Calcutta medical institutions reports 1879-81 [i.e.91]
Year: 1879
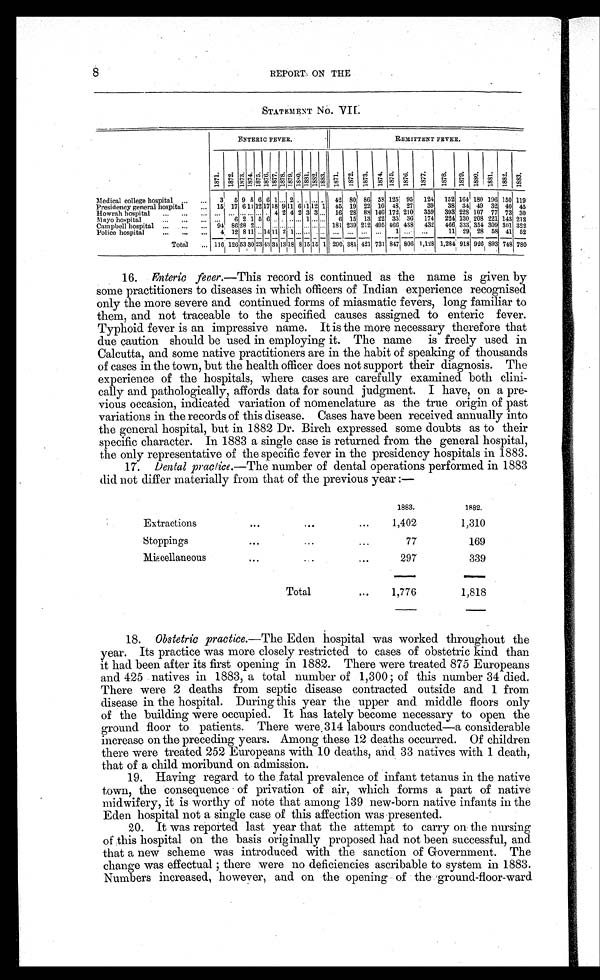
REPORT ON THE
STATEMENT NO. VII.
E NT E R I C F E VE R .
REMITTENT FEVER.
1871. 1 8 7 2 . 1 8 7 3 . 1 8 7 4 . 1 8 7 5 . 1 8 7 6 . 1 8 7 7 .
1878.1879. 1 8 8 0 . 1 8 8 1 . 1 8 8 2 . 1 8 8 3 . 1 8 7 1 .
1 8 7 2 . 1 8 7 3 . 1 8 7 4 . 1875. 1876. 1 8 7 7 .
1 8 7 8 . 1879. 1880. 1 8 8 1 . 1 8 8 2 .
1 8 8 3 .
Medical college hospital ... ... 3 5 9 5 6 6 1 ... 2
. . ...
. . .
42 80 86 58 125 95 124 152 164 180 196 150 119
Presidency general hospital
15 17 6 11 12 17 18 9 11 6 11 12 1 45 19 22 10 48 27 39 38 34 49 32 40 45
Howrah hospital ... ... ... ... ... .
.. ..
.
... . . 4 2 4 2 3 3 ... 16 28 88 146 172 210 359 393 228 107 77 73 30
Mayo hospital
... ...
...
... 6 2 1 5 6 ... . ... . . 1 ... ... 6 15 13 22 35 36 174 224 130 208 221 143 212
Campbell hospital ... ... ... 94 86 28 2 ... . . . . . . ... ... . . . ... ... ... 181 239 212 495 466 438 432 466 333 354 309 301 322
Police hospital
4
1 2 8 1 1 . . 1 4 1 1
2 1 . . . . . . . . . . . . . . . . . . . . . . . . .
1 ...
. . . 11 29 28 58 41 52
Total
. . . 116
1 2 6 5 3 3 0
23 43 34
13
18 8 15 15 1 290 381 421 731 847 806 1,128 1,284 918 926 893 748 780
16. Enteric fever.—This record is continued as the name is given by
some practitioners to diseases in which officers of Indian experience recognised
only the more severe and continued forms of miasmatic fevers, long familiar to
them, and not traceable to the specified causes assigned to enteric fever.
Typhoid fever is an impressive name. It is the more necessary therefore that
due caution should be used in employing it. The name is freely used in
Calcutta, and some native practitioners are in the habit of speaking of thousands
of cases in the town, but the health officer does not support their diagnosis. The
experience of the hospitals, where cases are carefully examined both clini-
cally and pathologically, affords data for sound judgment. I have, on a pre-
vious occasion, indicated variation of nomenclature as the true origin of past
variations in the records of this disease. Cases have been received annually into
the general hospital, but in 1882 Dr. Birch expressed some doubts as to their
specific character. In 1883 a single case is returned from the general hospital,
the only representative of the specific fever in the presidency hospitals in 1883.
17. Dental practice.—The number of dental operations performed in 1883
did not differ materially from that of the previous year:—
1883.
1882.
Extractions
... ... ...
1,402
1,310
Stoppings
...
...
77
169
Miscellaneous
... ...
297
339
Total
...
1,776
1,818
18. Obstetric practice.—The Eden hospital was worked throughout the
year. Its practice was more closely restricted to cases of obstetric kind than
it had been after its first opening in 1882. There were treated 875 Europeans
and 425 natives in 1883, a total number of 1,300; of this number 34 died.
There were 2 deaths from septic disease contracted outside and 1 from
disease in the hospital. During this year the upper and middle floors only
of the building were occupied. It has lately become necessary to open the
ground floor to patients. There were 314 labours conducted—a considerable
increase on the preceding years. Among these 12 deaths occurred. Of children
there were treated 252 Europeans with 10 deaths, and 33 natives with 1 death,
that of a child moribund on admission.
19.
Having regard to the fatal prevalence of infant tetanus in the native
town, the consequence of privation of air, which forms a part of native
midwifery, it is worthy of note that among 139 new-born native infants in the
Eden hospital not a single case of this affection was presented.
20. It was reported last year that the attempt to carry on the nursing
of this hospital on the basis originally proposed had not been successful, and
that a new scheme was introduced with the sanction of Government. The
change was ef f ect ual ; t her e wer e no def i ci enci es ascr i babl e t o syst em i n 1883.
Numbers increased, however, and on the opening of the ground-floor-ward